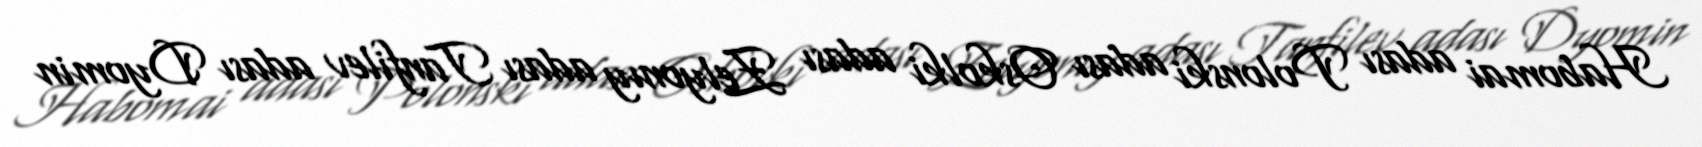
Habomai adası Polonski adası Oskolki adası Zelyonıy adası Tanfilev adası Dyomin